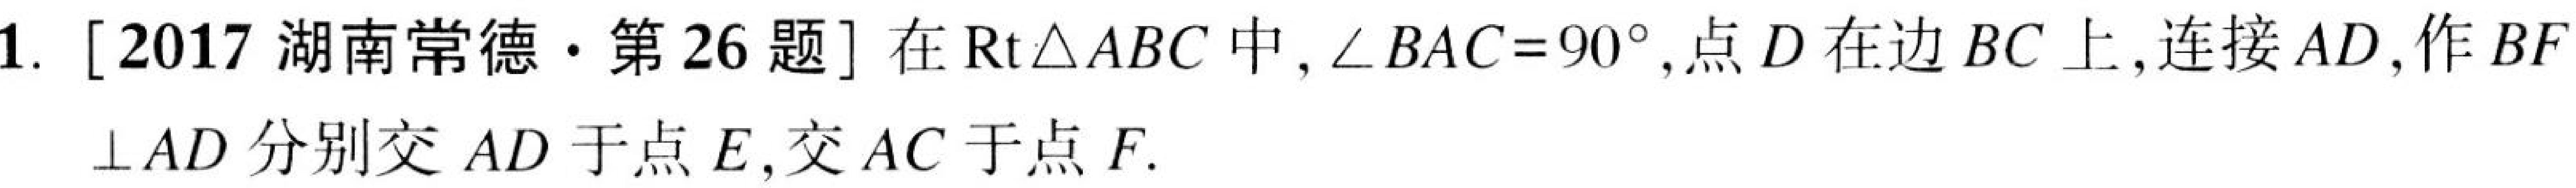
1. [2017湖南常德·第26题] 在$\text{Rt}\triangle ABC$中，$\angle BAC = 90^{\circ}$，点$D$在边$BC$上，连接$AD$，作$BF$
$\perp AD$分别交$AD$于点$E$，交$AC$于点$F$.